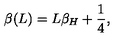
\beta ( L ) = L \beta _ { H } + { \frac { 1 } { 4 } } ,